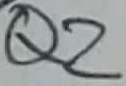
Text: Q2